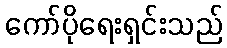
ကော်ပိုရေးရှင်းသည်